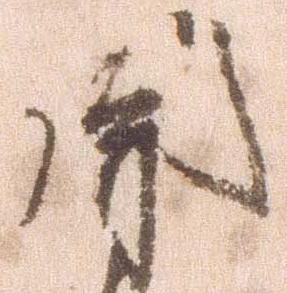
閞